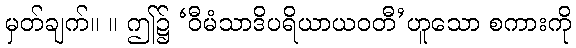
မှတ်ချက်။ ။ ဤ၌ ‘ဝီမံသာဒိပရိယာယဝတီ’ဟူသော စကားကို